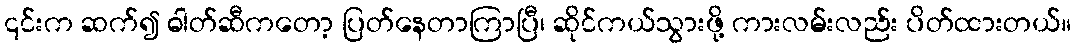
၎င်းက ဆက်၍ ဓါတ်ဆီကတော့ ပြတ်နေတာကြာပြီ၊ ဆိုင်ကယ်သွားဖို့ ကားလမ်းလည်း ပိတ်ထားတယ်။